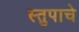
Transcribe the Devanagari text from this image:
स्तुपाचे